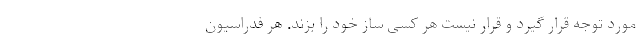
مورد توجه قرار گیرد و قرار نیست هر کسی ساز خود را بزند. هر فدراسیون